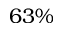
6 3 \%